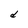
Character: d